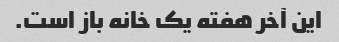
این آخر هفته یک خانه باز است.